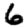
Digit: 6